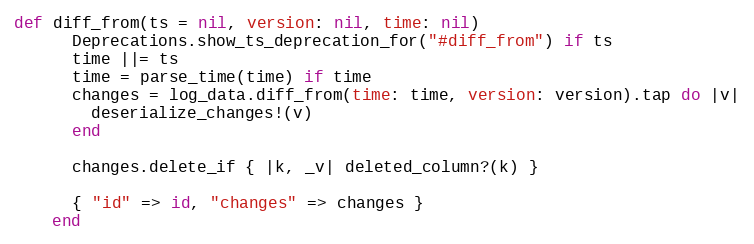
Language: Ruby
def diff_from(ts = nil, version: nil, time: nil)
      Deprecations.show_ts_deprecation_for("#diff_from") if ts
      time ||= ts
      time = parse_time(time) if time
      changes = log_data.diff_from(time: time, version: version).tap do |v|
        deserialize_changes!(v)
      end

      changes.delete_if { |k, _v| deleted_column?(k) }

      { "id" => id, "changes" => changes }
    end